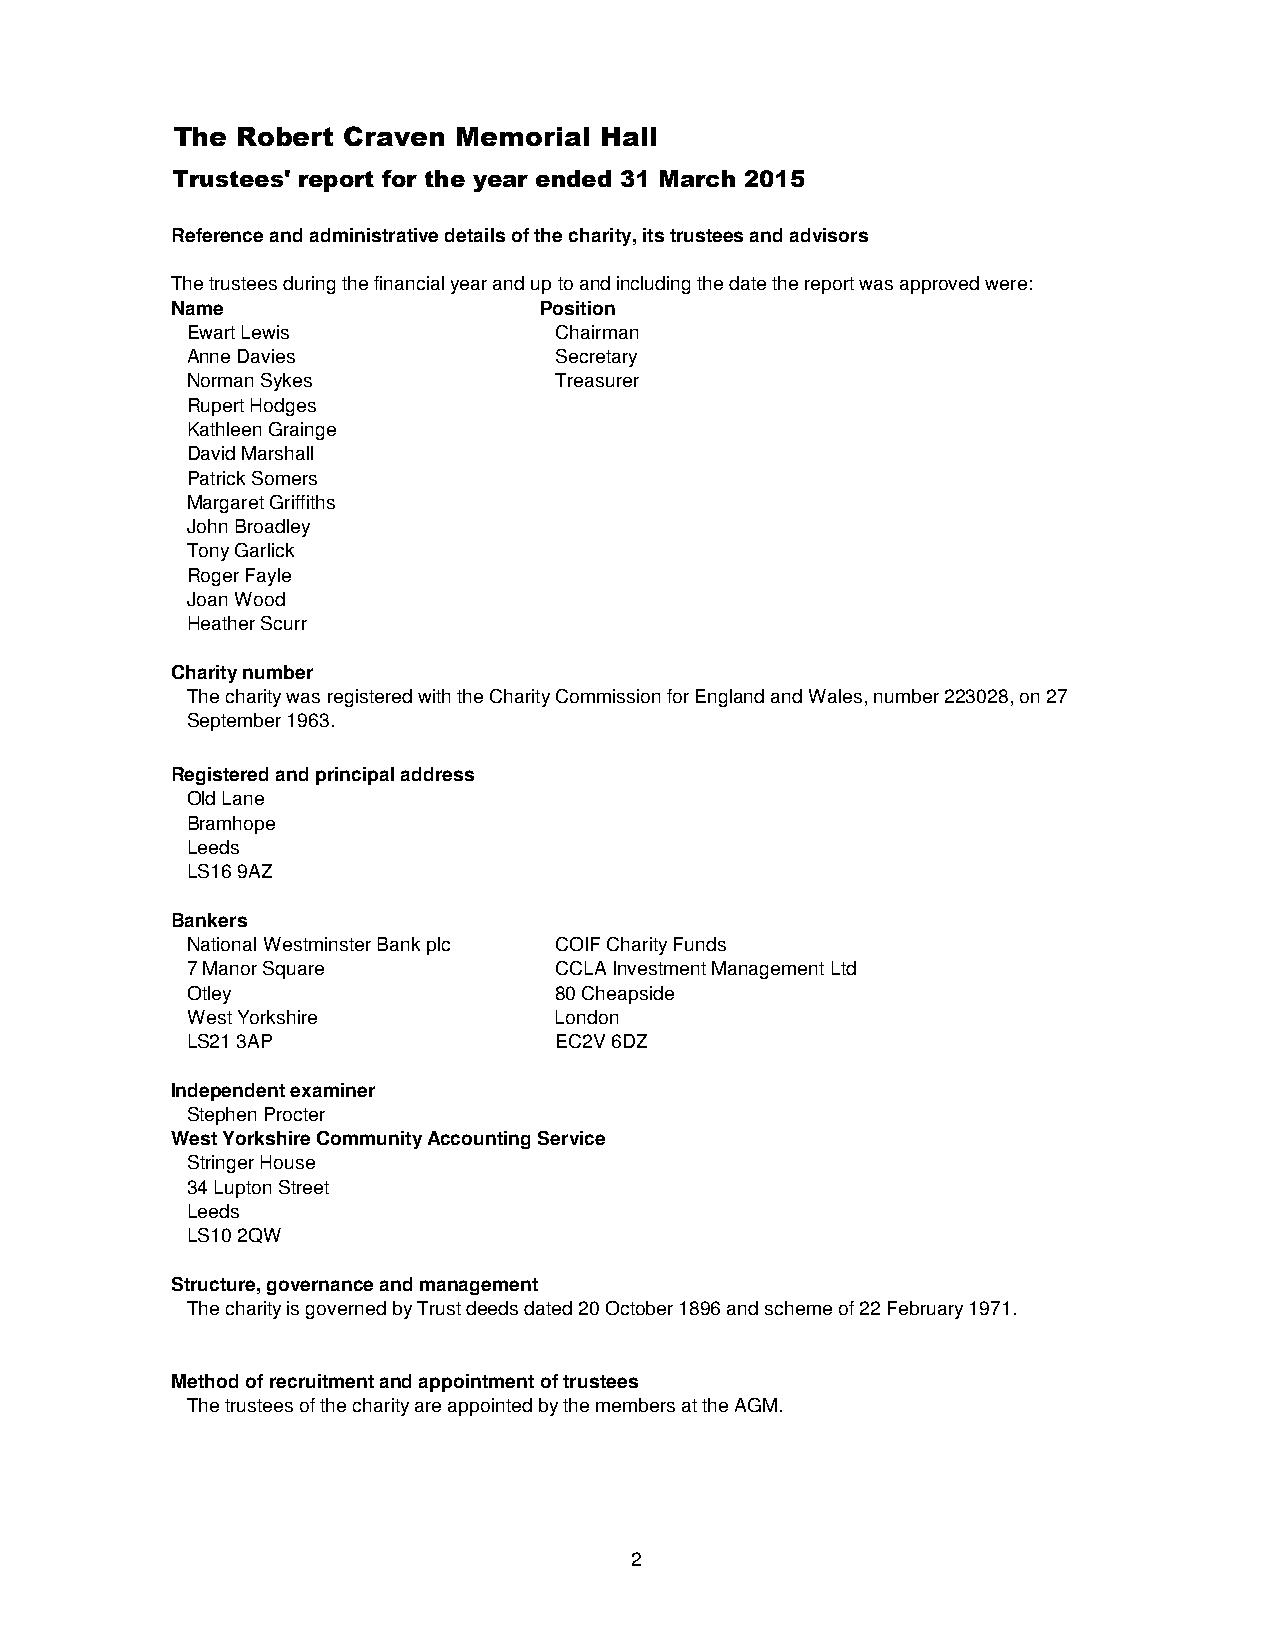
The  Robert Craven Memorial  Hall
 Trustees' report for the year ended 31 March 2015
 Reference and administrative details of the charity, its trustees and advisors
 The trustees during the financial year and up to and including the date the report was approved were:
 Name                     Position
 Ewart Lewis              Chairman
 Anne Davies              Secretary
 Norman Sykes             Treasurer
 Rupert Hodges
 Kathleen Grainge
 David Marshall
 Patrick Somers
 Margaret Griffiths
 John Broadley
 Tony Garlick
 Roger Fayle
 Joan Wood
 Heather Scurr
 Charity number
 The charity was registered with the Charity Commission for England and Wales, number 223028, on 27
 September 1963.
 Registered and principal address
 Old Lane
 Bramhope
 Leeds
 LS16 9AZ
 Bankers
 National Westminster Bank plc COIF Charity Funds
 7 Manor Square           CCLA Investment Management Ltd
 Otley                    80 Cheapside
 West Yorkshire           London
 LS21 3AP                 EC2V 6DZ
 Independent examiner
 Stephen Procter
 West Yorkshire Community Accounting Service
 Stringer House
 34 Lupton Street
 Leeds
 LS10 2QW
 Structure, governance and management
 The charity is governed by Trust deeds dated 20 October 1896 and scheme of 22 February 1971.
 Method of recruitment and appointment of trustees
 The trustees of the charity are appointed by the members at the AGM.
 2